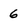
Character: 6